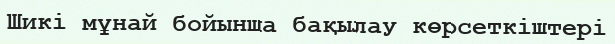
Шикі мұнай бойынша бақылау көрсеткіштері